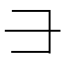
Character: ⺕